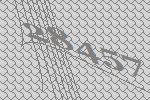
28457